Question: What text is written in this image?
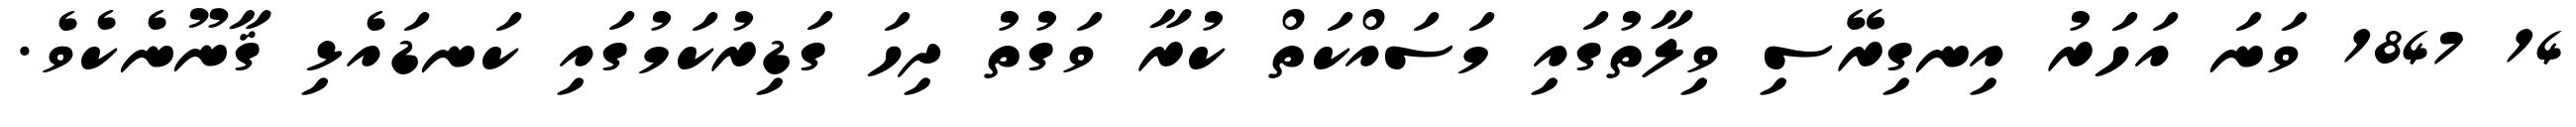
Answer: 14 1847 ވަނަ އަހަރު އިނގިރޭސި ވިލާތުގައި މަސައްކަތް ކުރާ ވަގުތު ދިހަ ގަޑިރުކަމުގައި ކަނޑައެޅި ޤާނޫނެކެވެ.